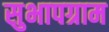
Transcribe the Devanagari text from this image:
सुभापग्राम